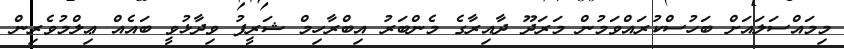
މިމައްސަލައަށް ބަހުސްކުރައްވަމުން މަރަދޫ ދާއިރާގެ މެންބަރު އިބްރާހިމް ޝަރީފު ވިދާޅުވީ ބައެއް ޢިލްމުވެރިން